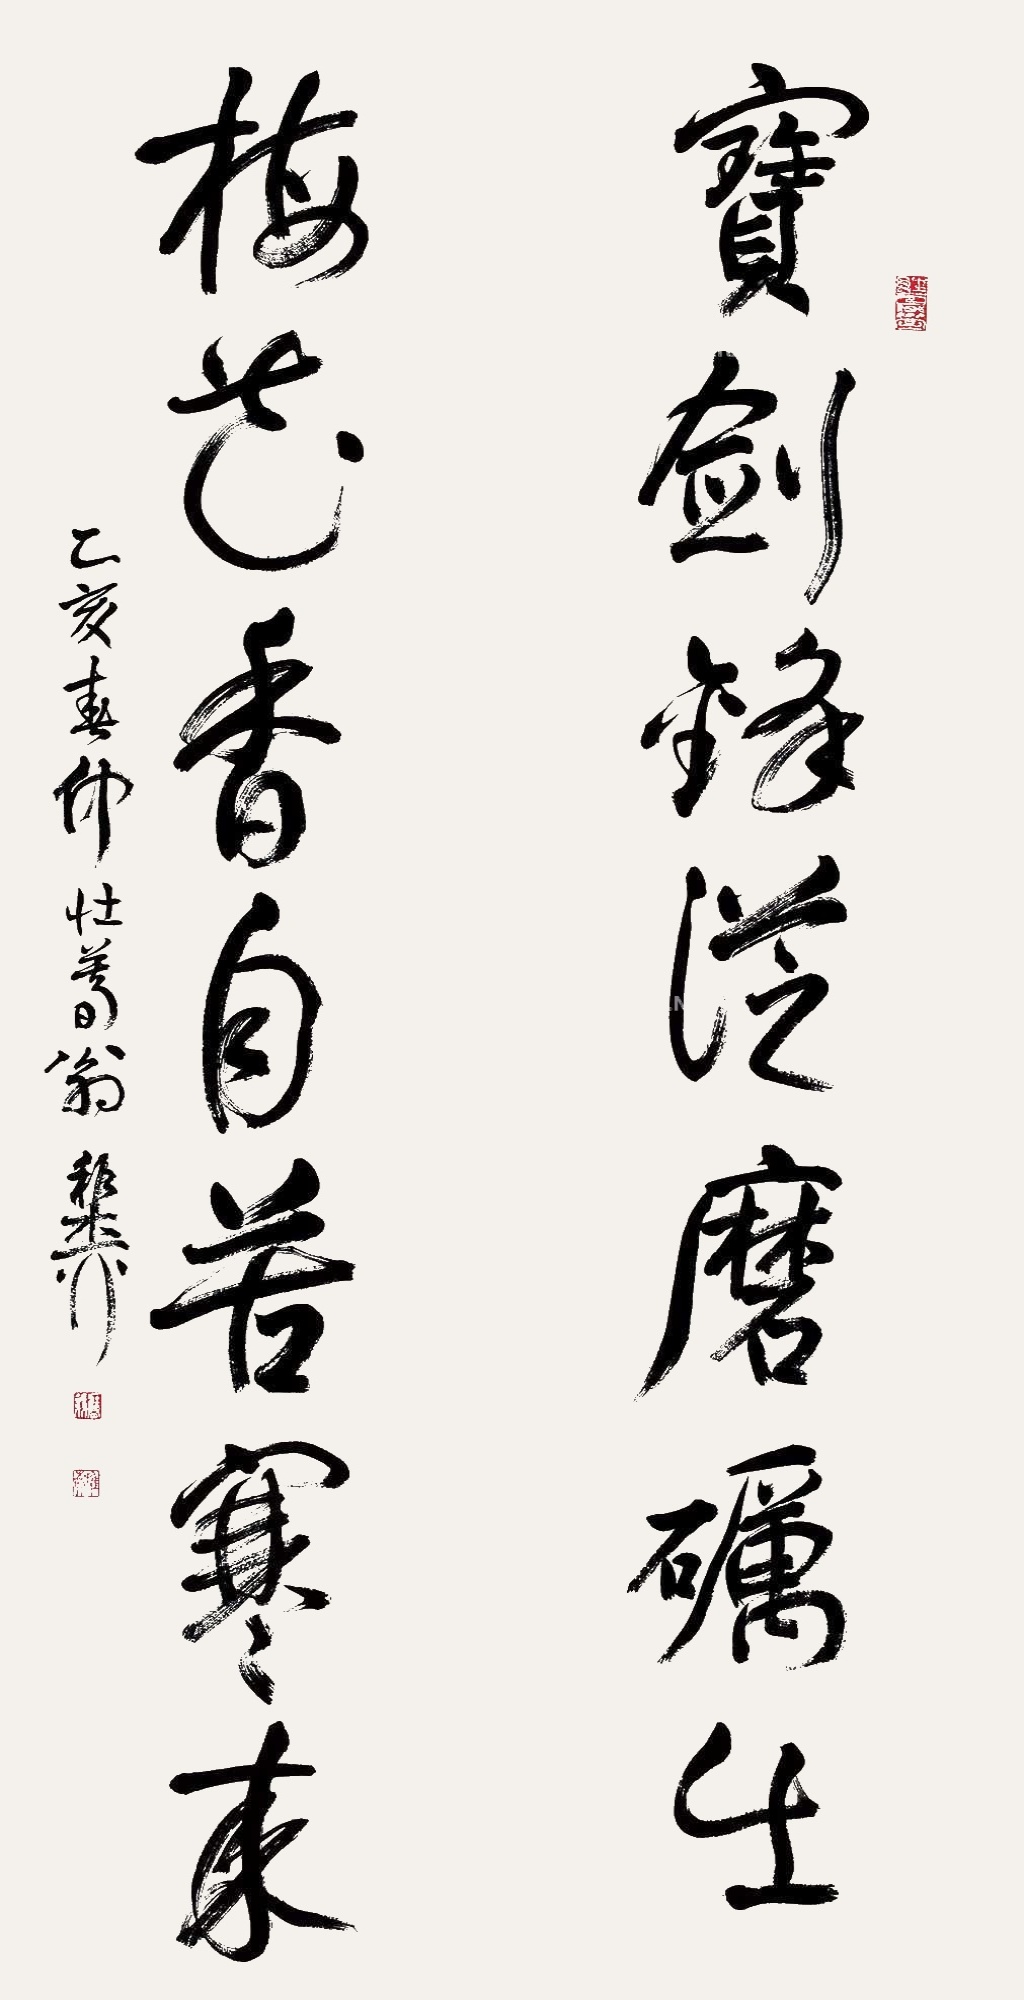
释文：宝剑锋从磨砺出，梅花香自苦寒来。乙亥春仲壮暮翁，稚柳。